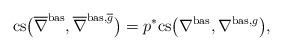
LaTeX: \begin{align*} \mathrm{cs}\big(\overline{\nabla}^{\mathrm{bas}},\overline{\nabla}^{\mathrm{bas},\overline{g}}\big) = p^*\mathrm{cs}\big(\nabla^{\mathrm{bas}},\nabla^{\mathrm{bas},g}\big),\end{align*}